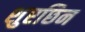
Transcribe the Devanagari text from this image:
शुएछिन